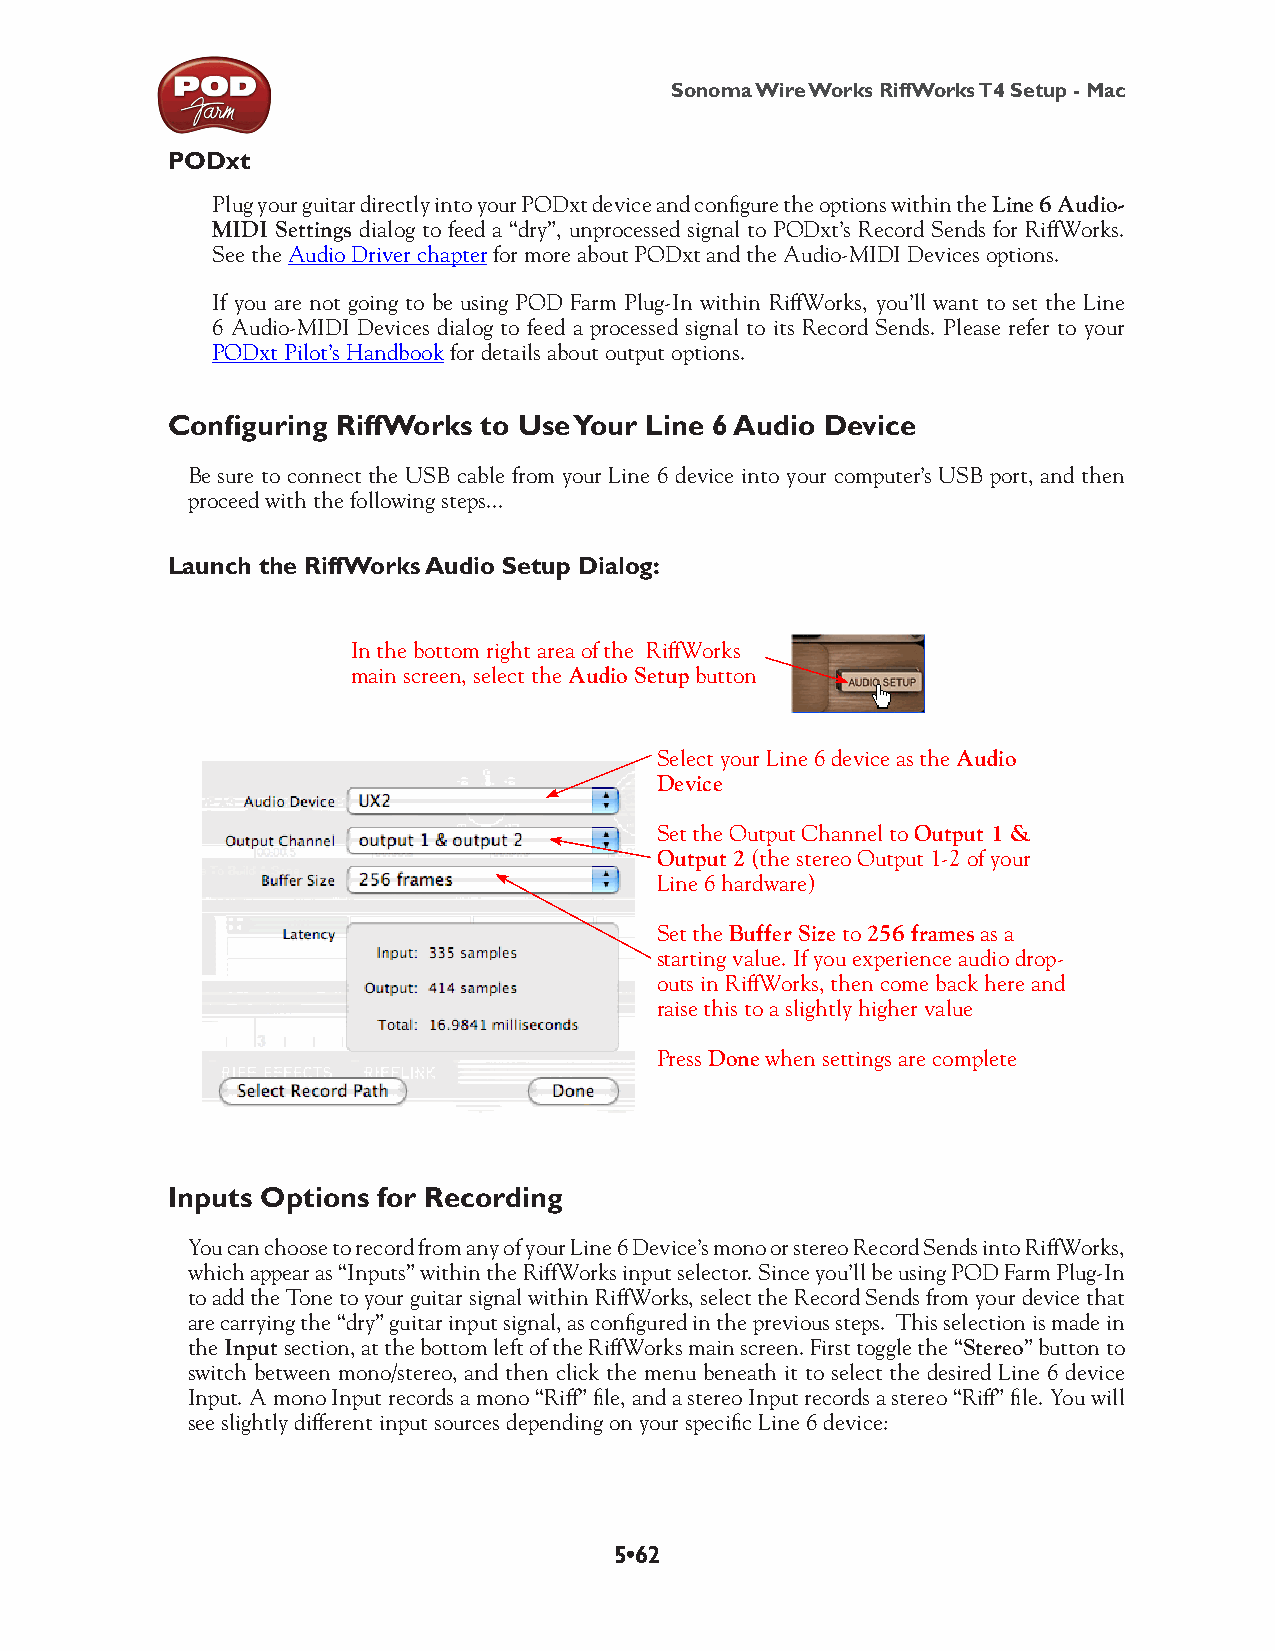
Sonoma Wire Works RiffWorks T4 Setup - Mac
 PODxt
 Plug your guitar directly into your PODxt device and configure the options within the Line 6 Audio-
 MIDI Settings dialog to feed a “dry”, unprocessed signal to PODxt’s Record Sends for RiffWorks.
 See the Audio Driver chapter for more about PODxt and the Audio-MIDI Devices options.
 If you are not going to be using POD Farm Plug-In within RiffWorks, you’ll want to set the Line
 6 Audio-MIDI Devices dialog to feed a processed signal to its Record Sends. Please refer to your
 PODxt Pilot’s Handbook for details about output options.
 Configuring RiffWorks to Use Your Line 6 Audio Device
 Be sure to connect the USB cable from your Line 6 device into your computer’s USB port, and then
 proceed with the following steps...
 Launch the RiffWorks Audio Setup Dialog:
 In the bottom right area of the RiffWorks
 main screen, select the Audio Setup button
 Select your Line 6 device as the Audio
 Device
 Set the Output Channel to Output 1 &
 Output 2 (the stereo Output 1-2 of your
 Line 6 hardware)
 Set the Buffer Size to 256 frames as a
 starting value. If you experience audio drop-
 outs in RiffWorks, then come back here and
 raise this to a slightly higher value
 Press Done when settings are complete
 Inputs Options for Recording
 You can choose to record from any of your Line 6 Device’s mono or stereo Record Sends into RiffWorks,
 which appear as “Inputs” within the RiffWorks input selector. Since you’ll be using POD Farm Plug-In
 to add the Tone to your guitar signal within RiffWorks, select the Record Sends from your device that
 are carrying the “dry” guitar input signal, as configured in the previous steps. This selection is made in
 the Input section, at the bottom left of the RiffWorks main screen. First toggle the “Stereo” button to
 switch between mono/stereo, and then click the menu beneath it to select the desired Line 6 device
 Input. A mono Input records a mono “Riff” file, and a stereo Input records a stereo “Riff” file. You will
 see slightly different input sources depending on your specific Line 6 device:
 5•62